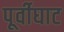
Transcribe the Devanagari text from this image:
पूर्वीघाट